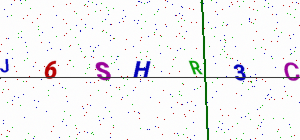
Text: J6SHR3C